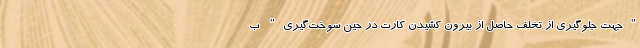
"جهت جلوگیری از تخلف حاصل از بیرون کشیدن کارت در حین سوخت‌گیری" ب